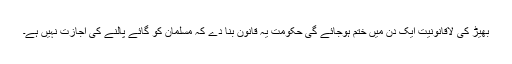
بھیڑ کی لاقانونیت ایک دن میں ختم ہوجائے گی حکومت یہ قانون بنا دے کہ مسلمان کو گائے پالنے کی اجازت نہیں ہے۔